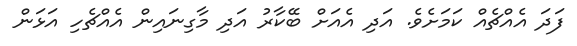
ފަދަ އެއްޗެއް ކަމަށެވެ. އަދި އެއަށް ބޭކާރު އަދި މާގިނައިން އެއްޗެހި އަޅަން